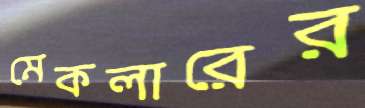
মেকলারের